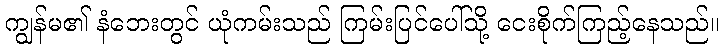
ကျွန်မ၏ နံဘေးတွင် ယုံကမ်းသည် ကြမ်းပြင်ပေါ်သို့ ငေးစိုက်ကြည့်နေသည်။